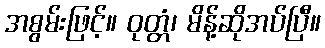
အစွမ်းဖြင့်။ ဝုတ္တံ၊ မိန့်ဆိုအပ်ပြီ။